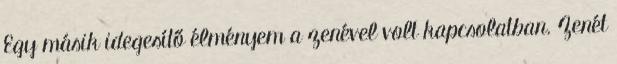
Egy másik idegesítő élményem a zenével volt kapcsolatban. Zenét